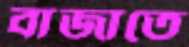
বাজাতে